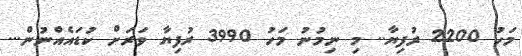
މަހު 2200 ރުފިޔާ.. މި ނިމުނު މަހު 3990 ރުފިޔާ ވަރަށް ކުޑައެއްނުން...